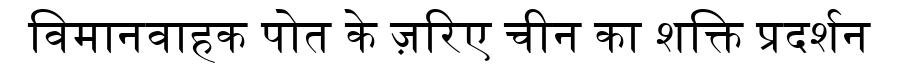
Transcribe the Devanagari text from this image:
विमानवाहक पोत के ज़रिए चीन का शक्ति प्रदर्शन